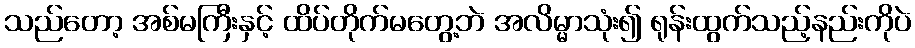
သည်တော့ အစ်မကြီးနှင့် ထိပ်တိုက်မတွေ့ဘဲ အလိမ္မာသုံး၍ ရုန်းထွက်သည့်နည်းကိုပဲ